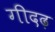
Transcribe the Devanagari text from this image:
गीदढ़